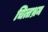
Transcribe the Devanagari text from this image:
चित्तभ्रम